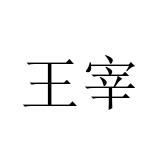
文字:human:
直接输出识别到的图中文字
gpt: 王宰